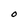
Character: O